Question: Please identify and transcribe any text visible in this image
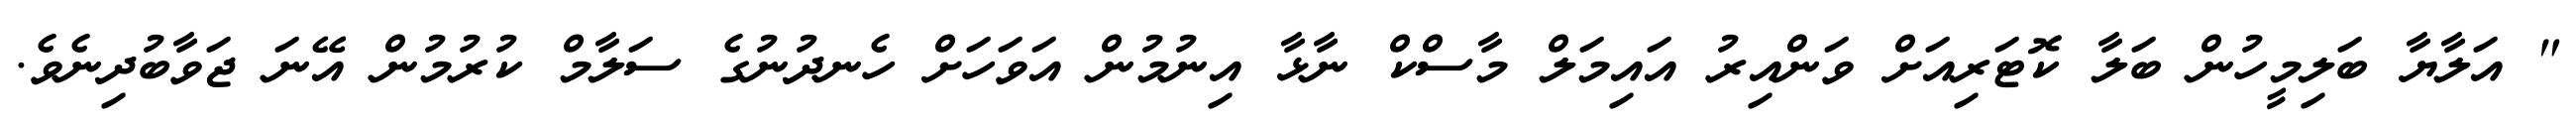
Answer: " އަލާޔާ ބަލިމީހުން ބަލާ ކޮޓަރިއަށް ވަންއިރު އައިމަލް މާސްކް ނާޅާ އިނުމުން އަވަހަށް ހެނދުނުގެ ސަލާމް ކުރުމުން އޭނަ ޖަވާބުދިނެވެ.